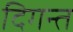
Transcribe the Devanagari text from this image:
दिगन्‍त